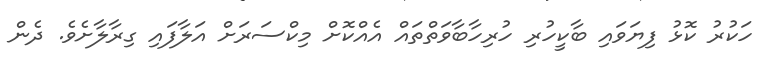
ހަކުރު ކޮޅު ފިޔަވައި ބާކީހުރި ހުރިހާބާވަތްތައް އެއްކޮށް މިކްސަރަށް އަލާފައި ގިރާލާށެވެ. ދެން